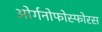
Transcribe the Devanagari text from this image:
ओर्गनोफोस्फोरस